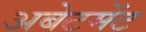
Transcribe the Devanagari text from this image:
अबेटमेंट